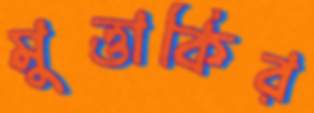
মুত্তাকির